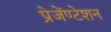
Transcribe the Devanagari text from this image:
प्रेजेंण्टेशन